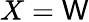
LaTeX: X=\mathsf{W}